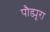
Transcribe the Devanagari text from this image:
पौड्यूरा